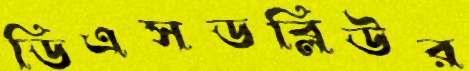
ডিএসডব্লিউর